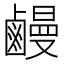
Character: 𪉽